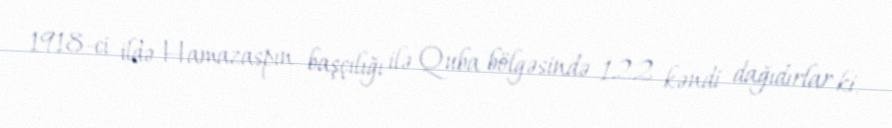
1918-ci ildə Hamazaspın başçılığı ilə Quba bölgəsində 122 kəndi dağıdırlar ki,